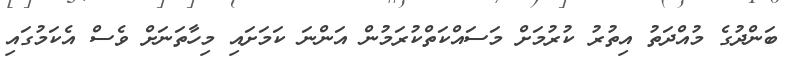
ބަންދުގެ މުއްދަތު އިތުރު ކުރުމަށް މަސައްކަތްކުރަމުން އަންނަ ކަމަށައި މިހާތަނަށް ވެސް އެކަމުގައި